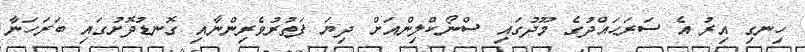
ހިނގި އިރު އެ ސަރަޙައްދުގެ މޫދުގައި ސްނޯކްލިންއަށް ދިޔަ ފަތުރުވެރިންނާއި ގޮނޑުދޮށުގައި ބަރަހަނާ